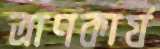
ত্রাণকার্য